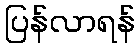
ပြန်လာရန်